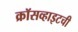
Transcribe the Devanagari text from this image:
क्रॉसव्हाइटची